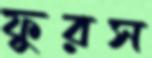
ফুরস